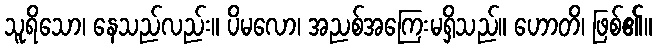
သူရိသော၊ နေသည်လည်း။ ပိမလော၊ အညစ်အကြေးမရှိသည်။ ဟောတိ၊ ဖြစ်၏။